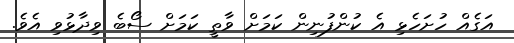
އަގެއް ހުށަހެޅި އެ ކުންފުނިން ކަމަށް ވާތީ ކަމަށް ސޯބެ ވިދާޅުވި އެވެ.